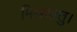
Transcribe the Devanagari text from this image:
मिश्रधातु।